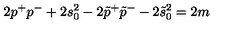
2 p ^ { + } p ^ { - } + 2 s _ { 0 } ^ { 2 } - 2 \tilde { p } ^ { + } \tilde { p } ^ { - } - 2 \tilde { s } _ { 0 } ^ { 2 } = 2 m